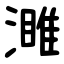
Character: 濉